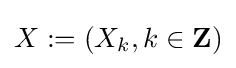
X:=(X_{k},k\in {\mathbf {Z} })